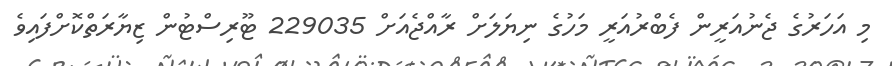
މި އަހަރުގެ ޖެނުއަރީން ފެބްރުއަރީ މަހުގެ ނިޔަލަށް ރާއްޖެއަށް 229035 ޓޫރިސްޓުން ޒިޔާރަތްކޮށްފައިވެ